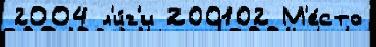
2004 л'и́г'и 200102 М'е́сто